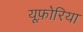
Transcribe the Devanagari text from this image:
यूफ़ोरिया